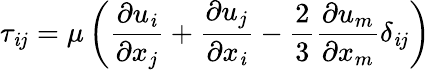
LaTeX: \tau_{\mathit{i}j}=\mu\left(\frac{{\partial{u_{\mathit{i}}}}}{{\partial{x_{j}}}}+\frac{{\partial{u_{j}}}}{{\partial{x_{\mathit{i}}}}}-\frac{{2}}{{3}}\frac{{\partial{u_{m}}}}{{\partial{x_{m}}}}\delta_{\mathit{i}j}\right)